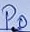
Text: P0